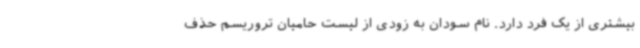
بیشتری از یک فرد دارد. نام سودان به زودی از لیست حامیان تروریسم حذف